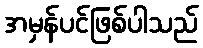
အမှန်ပင်ဖြစ်ပါသည်